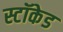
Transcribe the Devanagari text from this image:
स्टॉकेड